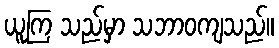
ယူကြ သည်မှာ သဘာဝကျသည်။